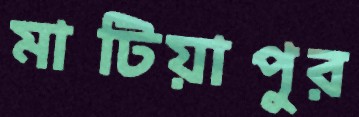
মাটিয়াপুর